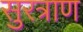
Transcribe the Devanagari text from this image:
सुरत्राण